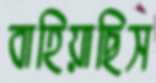
বাহিয়াছিস